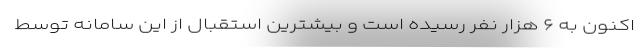
اکنون به ۶ هزار نفر رسیده است و بیشترین استقبال از این سامانه توسط